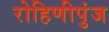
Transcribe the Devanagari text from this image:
रोहिणीपुंज